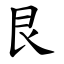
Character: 艮